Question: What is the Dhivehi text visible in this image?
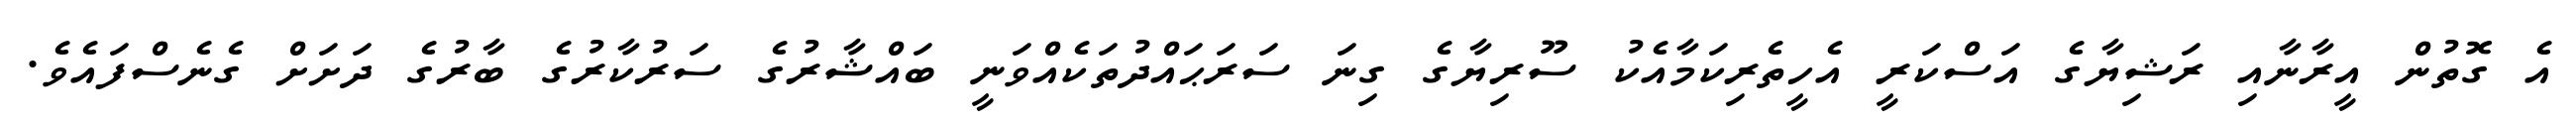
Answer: އެ ގޮތުން އީރާނާއި ރަޝިޔާގެ އަސްކަރީ އެހީތެރިކަމާއެކު ސޫރިޔާގެ ގިނަ ސަރަޙައްދުތަކެއްވަނީ ބައްޝާރުގެ ސަރުކާރުގެ ބާރުގެ ދަށަށް ގެނެސްފައެވެ.